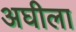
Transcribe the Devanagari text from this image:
अघीला